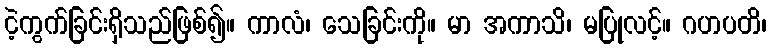
ငဲ့ကွက်ခြင်းရှိသည်ဖြစ်၍။ ကာလံ၊ သေခြင်းကို။ မာ အကာသိ၊ မပြုလင့်။ ဂဟပတိ၊